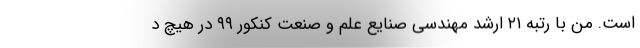
است. من با رتبه ۲۱ ارشد مهندسی صنایع علم و صنعت کنکور ۹۹ در هیچ د